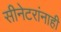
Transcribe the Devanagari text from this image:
सीनेटरांनाही